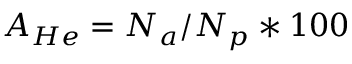
A _ { H e } = N _ { a } / N _ { p } * 1 0 0